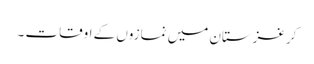
کرغزستان میں نمازوں کے اوقات ۔